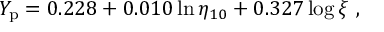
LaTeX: Y _ { \mathrm { p } } = 0 . 2 2 8 + 0 . 0 1 0 \ln \eta _ { 1 0 } + 0 . 3 2 7 \log \xi \ ,